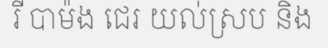
រី បាម៉ង ជេរ យល់ស្រប និង